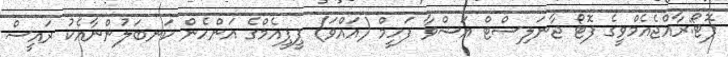
ފޮޓޯ:ރާއްޖެއެމްވީގެ ފޮޓޯ ޖާނަލިސްޓް އަޝްވާ ފަހީމް (އައްވަ) ޕީޕީއެމްގެ އަންހެން ކަނބަލުންނާއެކު ރައީސް